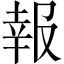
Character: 報